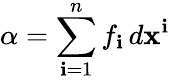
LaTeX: \alpha=\sum_{\mathbf{i}=1}^{n}f_{\mathbf{i}}\, d\mathbf{x}^{\mathbf{i}}